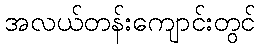
အလယ်တန်းကျောင်းတွင်